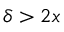
\delta > 2 x